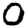
Digit: 0